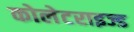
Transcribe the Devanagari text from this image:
कोलेटराइज्ड